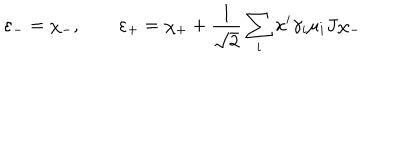
\varepsilon _ { - } = \chi _ { - } , \qquad \varepsilon _ { + } = \chi _ { + } + \frac { 1 } { \sqrt 2 } \sum _ { i } x ^ { i } \gamma _ { i } \mu _ { i } J \chi _ { - }